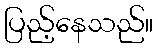
ပြည့်နေသည်။